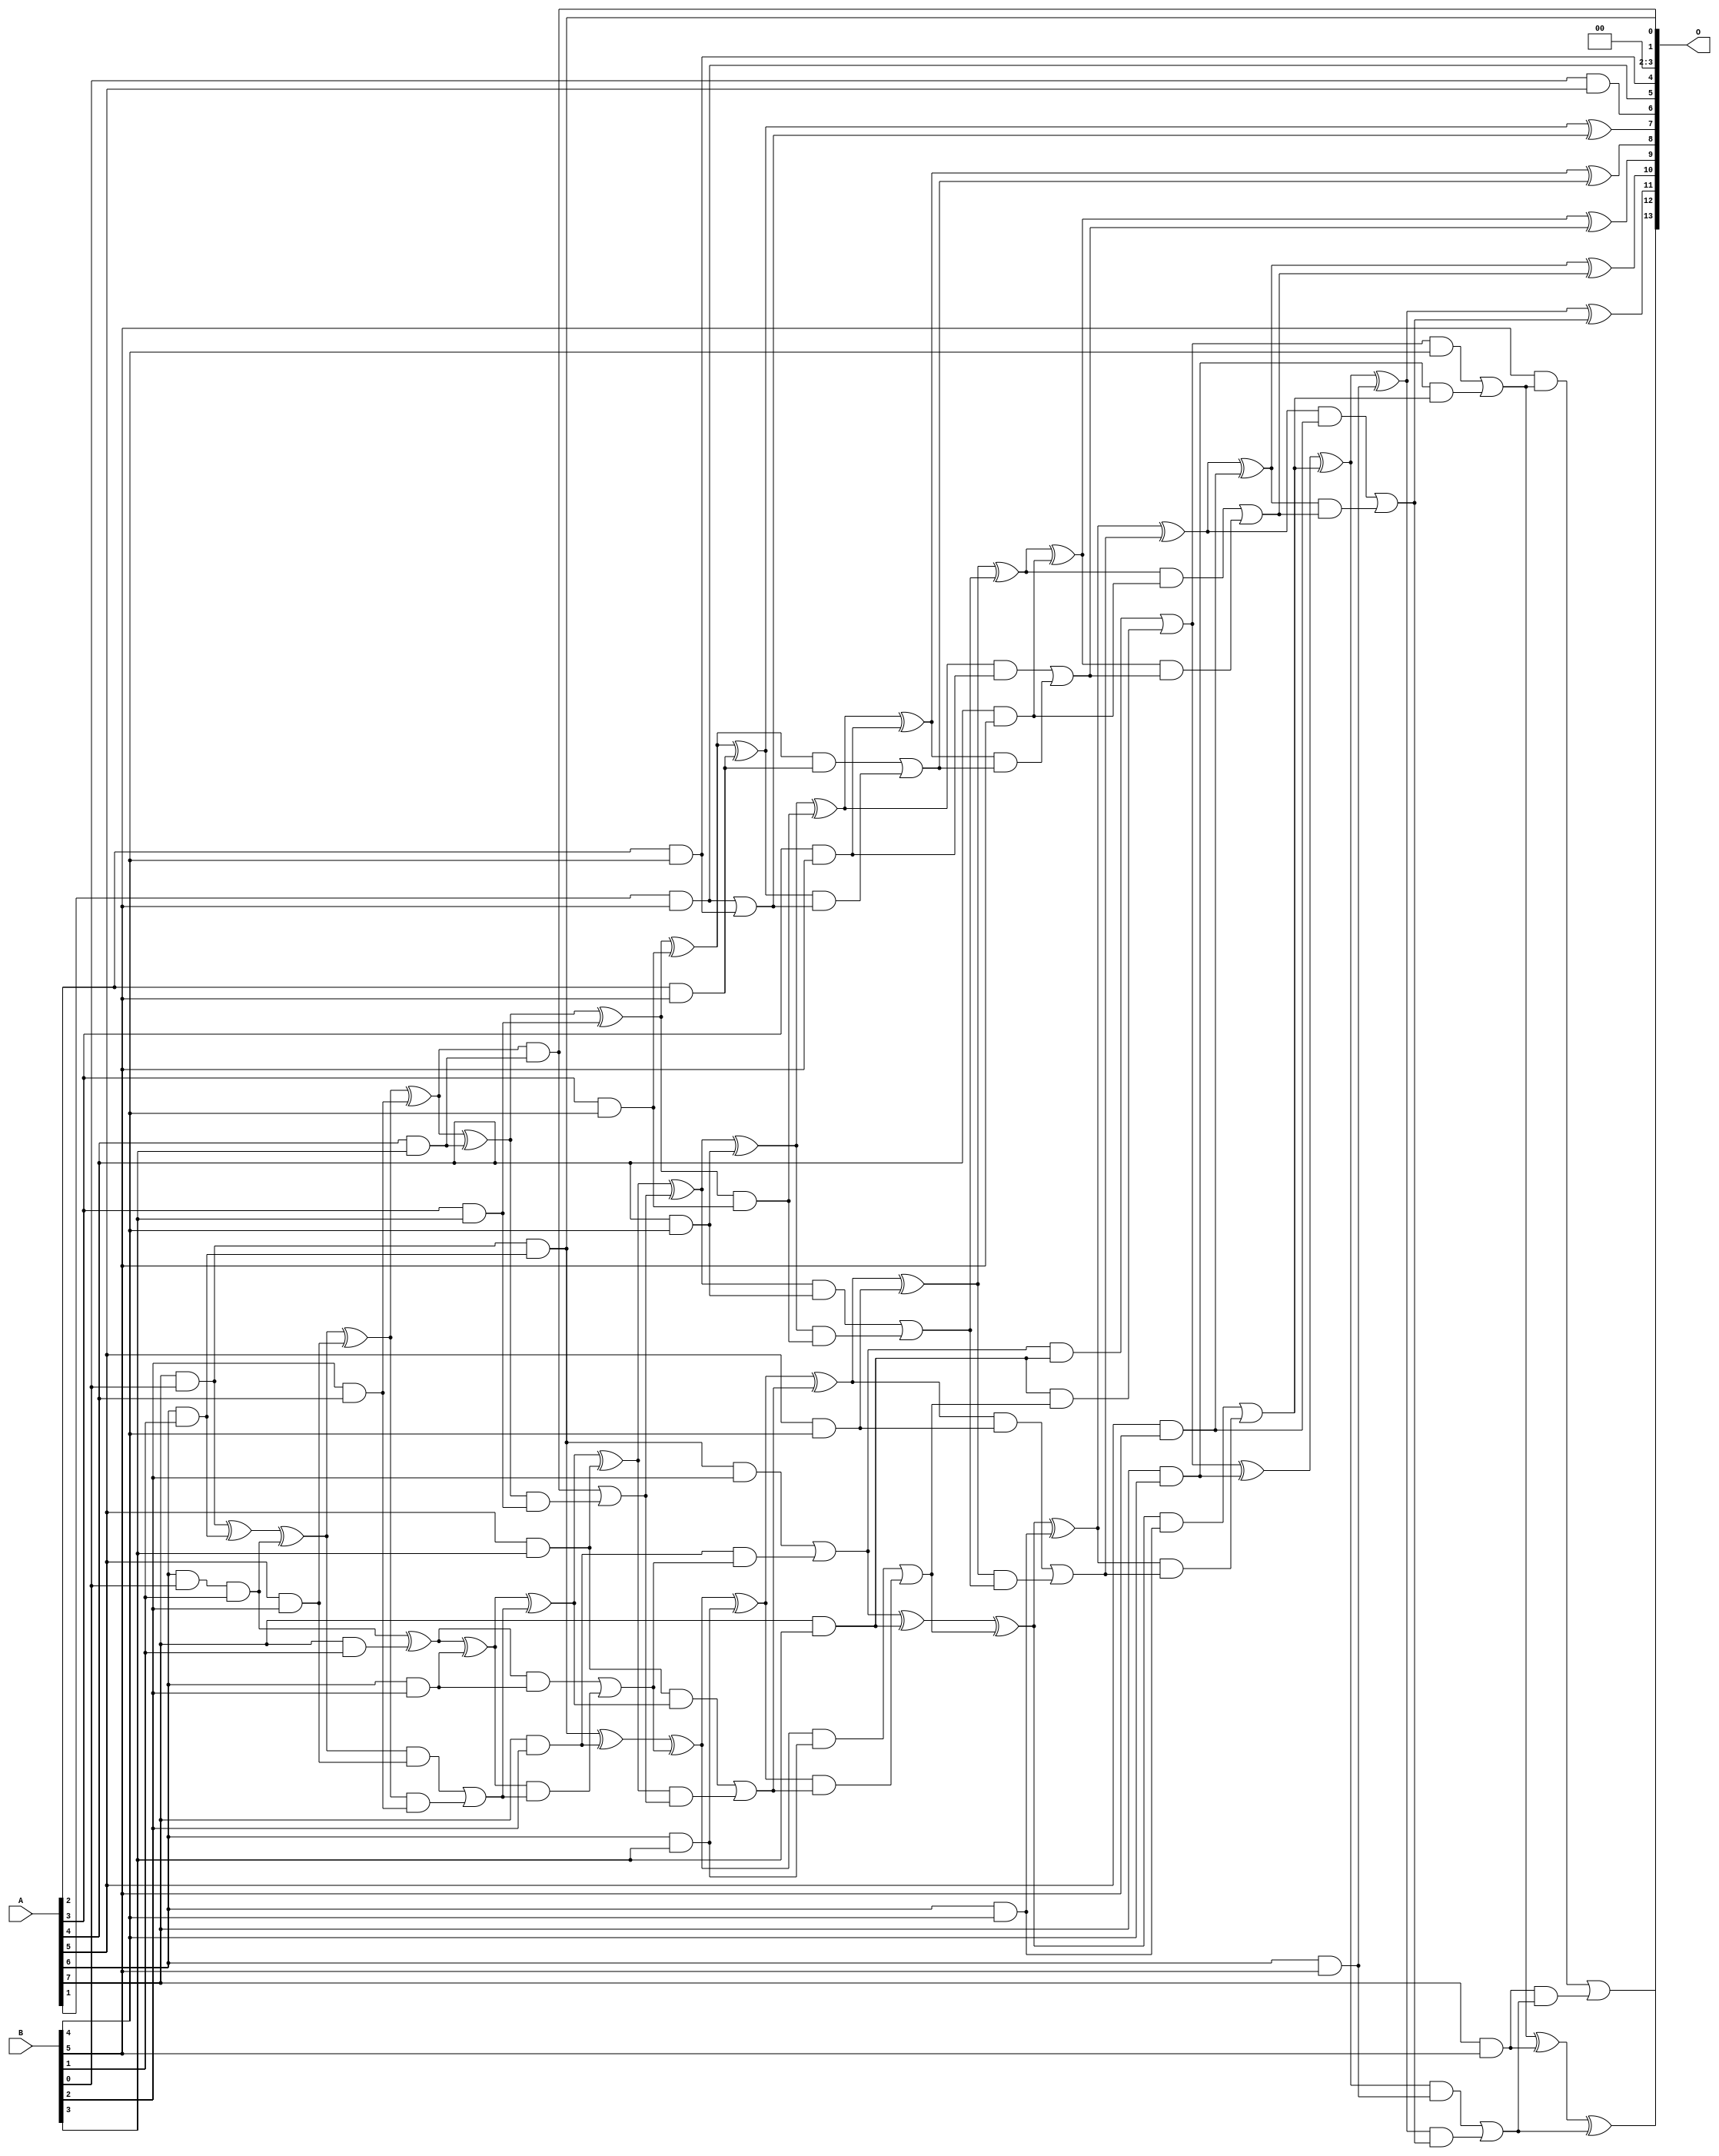
// This program was cloned from: https://github.com/ehw-fit/evoapproxlib
// License: MIT License

/***
* This code is a part of EvoApproxLib library (ehw.fit.vutbr.cz/approxlib) distributed under The MIT License.
* When used, please cite the following article(s): V. Mrazek, L. Sekanina, Z. Vasicek "Libraries of Approximate Circuits: Automated Design and Application in CNN Accelerators" IEEE Journal on Emerging and Selected Topics in Circuits and Systems, Vol 10, No 4, 2020 
* This file contains a circuit from a sub-set of pareto optimal circuits with respect to the pwr and mse parameters
***/
// MAE% = 0.31 %
// MAE = 50 
// WCE% = 1.21 %
// WCE = 198 
// WCRE% = 150.00 %
// EP% = 95.89 %
// MRE% = 6.26 %
// MSE = 3923 
// PDK45_PWR = 0.139 mW
// PDK45_AREA = 298.0 um2
// PDK45_DELAY = 1.17 ns

module mul8x6u_5Y1 (
    A,
    B,
    O
);

input [7:0] A;
input [5:0] B;
output [13:0] O;

wire sig_14,sig_20,sig_21,sig_28,sig_52,sig_53,sig_57,sig_58,sig_60,sig_63,sig_69,sig_70,sig_71,sig_90,sig_94,sig_95,sig_96,sig_97,sig_98,sig_99;
wire sig_100,sig_101,sig_102,sig_103,sig_104,sig_105,sig_106,sig_107,sig_108,sig_112,sig_113,sig_115,sig_116,sig_118,sig_126,sig_134,sig_135,sig_136,sig_137,sig_138;
wire sig_139,sig_141,sig_142,sig_143,sig_144,sig_145,sig_146,sig_147,sig_148,sig_149,sig_150,sig_151,sig_152,sig_153,sig_155,sig_156,sig_157,sig_158,sig_159,sig_160;
wire sig_161,sig_174,sig_175,sig_179,sig_180,sig_181,sig_182,sig_183,sig_184,sig_185,sig_186,sig_187,sig_188,sig_189,sig_190,sig_191,sig_192,sig_193,sig_194,sig_195;
wire sig_196,sig_197,sig_198,sig_201,sig_202,sig_203,sig_204,sig_205,sig_206,sig_211,sig_213,sig_214,sig_215,sig_216,sig_217,sig_218,sig_219,sig_220,sig_221,sig_222;
wire sig_223,sig_224,sig_225,sig_226,sig_227,sig_228,sig_229,sig_230,sig_231,sig_232,sig_233,sig_234,sig_235,sig_236,sig_237,sig_238,sig_239,sig_241,sig_242,sig_243;

assign sig_14 = A[7] & B[1];
assign sig_20 = A[6] & B[0];
assign sig_21 = A[7] & B[0];
assign sig_28 = A[6] & B[1];
assign sig_52 = B[0] & A[5];
assign sig_53 = sig_20 & B[1];
assign sig_57 = sig_21 ^ sig_28;
assign sig_58 = sig_21 & sig_28;
assign sig_60 = sig_57 ^ sig_53;
assign sig_63 = sig_53 ^ sig_14;
assign sig_69 = A[5] & B[2];
assign sig_70 = A[6] & B[2];
assign sig_71 = A[7] & B[2];
assign sig_90 = B[2] & A[4];
assign sig_94 = sig_60 ^ sig_69;
assign sig_95 = sig_60 & sig_69;
assign sig_96 = sig_94 & sig_90;
assign sig_97 = sig_94 ^ sig_90;
assign sig_98 = sig_95 | sig_96;
assign sig_99 = sig_63 ^ sig_70;
assign sig_100 = sig_63 & sig_70;
assign sig_101 = sig_99 & sig_98;
assign sig_102 = sig_99 ^ sig_98;
assign sig_103 = sig_100 | sig_101;
assign sig_104 = sig_58 ^ sig_71;
assign sig_105 = sig_58 & B[2];
assign sig_106 = sig_71 & sig_103;
assign sig_107 = sig_104 ^ sig_103;
assign sig_108 = sig_105 | sig_106;
assign sig_112 = A[3] & B[3];
assign sig_113 = A[4] & B[3];
assign sig_115 = A[6] & B[3];
assign sig_116 = A[7] & B[3];
assign sig_118 = A[5] & B[3];
assign sig_126 = sig_118 & sig_102;
assign sig_134 = sig_97 ^ sig_113;
assign sig_135 = sig_97 & sig_113;
assign sig_136 = sig_134 & sig_112;
assign sig_137 = sig_134 ^ sig_112;
assign sig_138 = sig_135 | sig_136;
assign sig_139 = sig_102 ^ sig_118;
assign sig_141 = sig_139 & sig_138;
assign sig_142 = sig_139 ^ sig_138;
assign sig_143 = sig_126 | sig_141;
assign sig_144 = sig_107 ^ sig_115;
assign sig_145 = sig_107 & sig_115;
assign sig_146 = sig_144 & sig_143;
assign sig_147 = sig_144 ^ sig_143;
assign sig_148 = sig_145 | sig_146;
assign sig_149 = sig_108 ^ sig_116;
assign sig_150 = sig_108 & sig_116;
assign sig_151 = sig_116 & sig_148;
assign sig_152 = sig_149 ^ sig_148;
assign sig_153 = sig_150 | sig_151;
assign sig_155 = A[1] & B[5];
assign sig_156 = A[2] & B[4];
assign sig_157 = A[3] & B[4];
assign sig_158 = A[4] & B[4];
assign sig_159 = A[5] & B[4];
assign sig_160 = A[6] & B[4];
assign sig_161 = A[7] & B[4];
assign sig_174 = sig_137 ^ sig_157;
assign sig_175 = sig_137 & sig_157;
assign sig_179 = sig_142 ^ sig_158;
assign sig_180 = sig_142 & sig_158;
assign sig_181 = sig_179 & sig_175;
assign sig_182 = sig_179 ^ sig_175;
assign sig_183 = sig_180 | sig_181;
assign sig_184 = sig_147 ^ sig_159;
assign sig_185 = sig_147 & sig_159;
assign sig_186 = sig_184 & sig_183;
assign sig_187 = sig_184 ^ sig_183;
assign sig_188 = sig_185 | sig_186;
assign sig_189 = sig_152 ^ sig_160;
assign sig_190 = sig_152 & sig_160;
assign sig_191 = sig_189 & sig_188;
assign sig_192 = sig_189 ^ sig_188;
assign sig_193 = sig_190 | sig_191;
assign sig_194 = sig_153 ^ sig_161;
assign sig_195 = sig_153 & B[4];
assign sig_196 = sig_161 & sig_193;
assign sig_197 = sig_194 ^ sig_193;
assign sig_198 = sig_195 | sig_196;
assign sig_201 = A[2] & B[5];
assign sig_202 = A[3] & B[5];
assign sig_203 = A[4] & B[5];
assign sig_204 = A[5] & B[5];
assign sig_205 = A[6] & B[5];
assign sig_206 = A[7] & B[5];
assign sig_211 = B[5] & sig_198;
assign sig_213 = sig_155 | sig_156;
assign sig_214 = sig_174 ^ sig_201;
assign sig_215 = sig_174 & sig_201;
assign sig_216 = sig_214 & sig_213;
assign sig_217 = sig_214 ^ sig_213;
assign sig_218 = sig_215 | sig_216;
assign sig_219 = sig_182 ^ sig_202;
assign sig_220 = sig_182 & sig_202;
assign sig_221 = sig_219 & sig_218;
assign sig_222 = sig_219 ^ sig_218;
assign sig_223 = sig_220 | sig_221;
assign sig_224 = sig_187 ^ sig_203;
assign sig_225 = sig_187 & sig_203;
assign sig_226 = sig_224 & sig_223;
assign sig_227 = sig_224 ^ sig_223;
assign sig_228 = sig_225 | sig_226;
assign sig_229 = sig_192 ^ sig_204;
assign sig_230 = sig_192 & sig_204;
assign sig_231 = sig_229 & sig_228;
assign sig_232 = sig_229 ^ sig_228;
assign sig_233 = sig_230 | sig_231;
assign sig_234 = sig_197 ^ sig_205;
assign sig_235 = sig_197 & sig_205;
assign sig_236 = sig_234 & sig_233;
assign sig_237 = sig_234 ^ sig_233;
assign sig_238 = sig_235 | sig_236;
assign sig_239 = sig_198 ^ sig_206;
assign sig_241 = sig_206 & sig_238;
assign sig_242 = sig_239 ^ sig_238;
assign sig_243 = sig_211 | sig_241;

assign O[13] = sig_243;
assign O[12] = sig_242;
assign O[11] = sig_237;
assign O[10] = sig_232;
assign O[9] = sig_227;
assign O[8] = sig_222;
assign O[7] = sig_217;
assign O[6] = sig_52;
assign O[5] = sig_155;
assign O[4] = sig_156;
assign O[3] = 1'b0;
assign O[2] = 1'b0;
assign O[1] = sig_135;
assign O[0] = sig_58;

endmodule